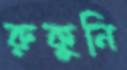
রুকুনি